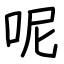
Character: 呢